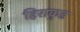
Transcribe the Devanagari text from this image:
हिराकुड